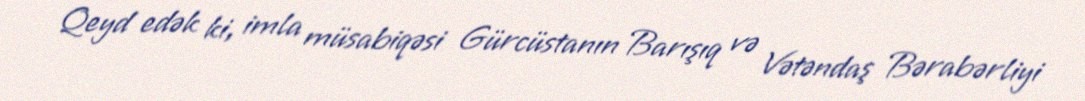
Qeyd edək ki, imla müsabiqəsi Gürcüstanın Barışıq və Vətəndaş Bərabərliyi